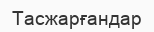
Тасжарғандар